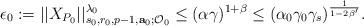
LaTeX: \begin{align*}\epsilon_0:=||X_{P_0}||_{s_0,r_0,p-1,\mathbf{a}_0;\mathcal{O}_0}^{\lambda_0}\leq(\alpha\gamma)^{1+\beta}\leq(\alpha_0\gamma_0\gamma_s)^{\frac{1}{1-2\beta'}}.\end{align*}